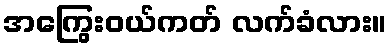
အကြွေးဝယ်ကတ် လက်ခံလား။